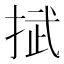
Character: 𢯞